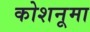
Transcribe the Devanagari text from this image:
कोशनूमा